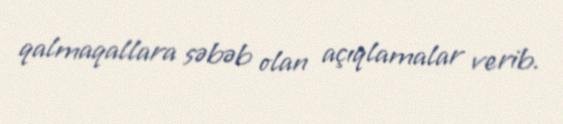
qalmaqallara səbəb olan açıqlamalar verib.